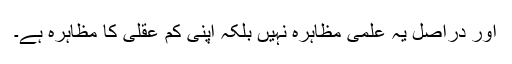
اور دراصل یہ علمی مظاہرہ نہیں بلکہ اپنی کم عقلی کا مظاہرہ ہے۔